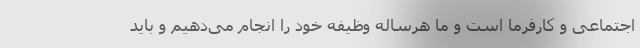
اجتماعی و کارفرما است و ما هرساله وظیفه خود را انجام می‌دهیم و باید